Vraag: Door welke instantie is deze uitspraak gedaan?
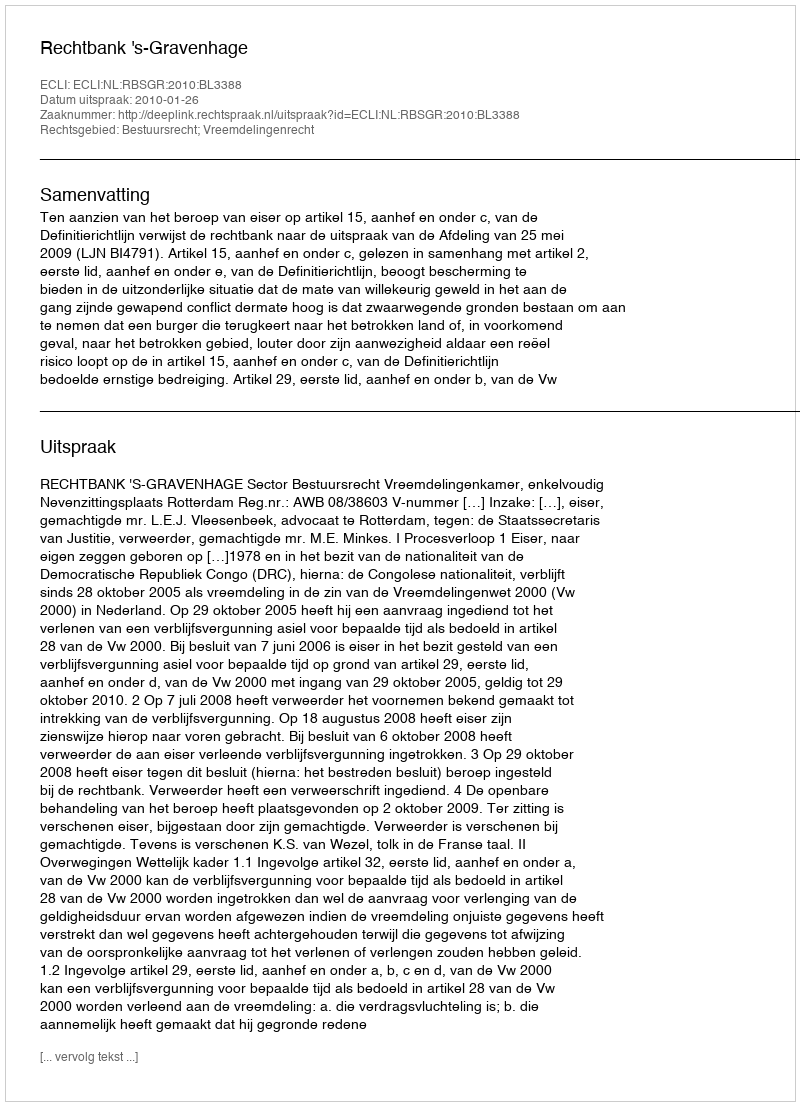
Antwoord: Rechtbank 's-Gravenhage